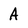
Character: A